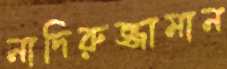
নাদিরুজ্জামান